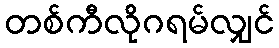
တစ်ကီလိုဂရမ်လျှင်